Report of the Municipal Commissioner on the plague in Bombay for the year ending 31st May... - Volume 2
Disease focus: Plague
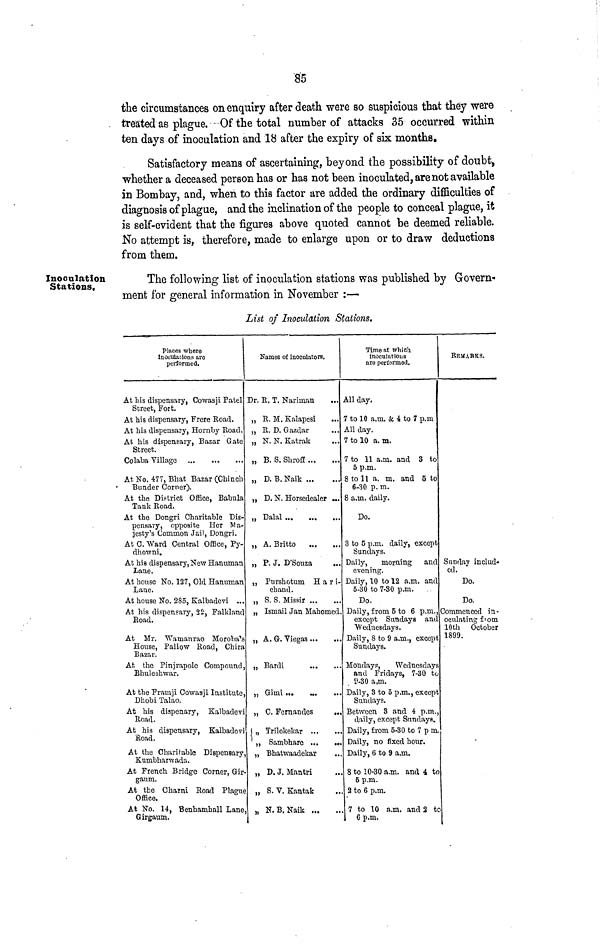
85
the circumstances on enquiry after death were so suspicious that they were
treated as plague. Of the total number of attacks 35 occurred within
ten days of inoculation and 18 after the expiry of six months,
Satisfactory means of ascertaining, beyond the possibility of doubt,
whether a deceased person has or has not been inoculated, are not available
in Bombay, and, when to this factor are added the ordinary difficulties of
diagnosis of plague, and the inclination of the people to conceal plague, it
is self-evident that the figures above quoted cannot be deemed reliable.
No attempt is, therefore, made to enlarge upon or to draw deductions
from them.
Inoculation
Stations.
The following list of inoculation stations was published by Govern-
ment for general information in November :—
List of Inoculation Stations.
Places where
inoculations aro
performed.
At his dispensary, Cowasji Patel
Street, Fort.
At his dispensary, Frere Road.
At his dispensary, Hornby Road.
At his dispensary, Bazar Gate
Street.
Colaba Village
At No. 477, Bbat Bazar (Chinch
Bunder Corner).
At the District Office, Babula
Tank Road.
At the Dongri Charitable Dis-
pensary, opposite Her Ma-
jesty 1^ Common Jail, Dongri.
At 0. Ward Central Office, Py-
dhowni.
At his dispensary, New Hanuman
Lane.
At honse No. 127, Old Hanuman
Lane.
At house No. 285, Kalbadevi ...
At his dispensary, 22, Falkland
Road.
At Mr. Wamanrao Moroba 1 s
House, Fallow Road, Chira
Bazar.
At the Pinjrapole Compound,
Bhuleshwar.
At the Framji Cowasji Institute,
Dhobi Talao.
At his dispenary, Kalbadevi
Road.
At his dispensary, Kalbadevi
fioad.
At the Charitable Dispensary,
Kumbharwada.
At French Bridge Corner, Gir-
gaum.
At the Chain! Road Plague
Office.
At No. 14, Benhamhall Lane
Girgamn.
Names of jnoeulators.
Dr. R. T. Nariman
„ R. M. Kalapcsi
...
„ R. D. Gazdar
„ N. N. Katrak
„ B. S. ShroS
„ D. B. Naik
„ D. N. Horsedealer ...
„ Dalai ...
...
...
J7
* * *»
»
„ A. Britto
„ P. J. D'Souza
„ Purshotum H a r i-
chand.
„ S. S. Missir
„ Ismail Jan Mahomed
„ A. G. Viegas
„ Bardi
„ Gimi
0. Fcrnandcs
1 „ Trilokekar
,, Sambhare ...
..
,, Bhatwaadekar
..
„ D. J. Mantri
,.
„ S. V. Kantafc
„ N.B.Naik
Time at which.
inoculations
aro performed.
All day.
7 to 10 a.m. & 4 to 7 p.m
All day.
7 to 10 a. m.
7 to 11 a.m. and 3 to
5 p.m.
8 to 11 a. m. and 5 to
6-30 p. m.
8 a.m. daily.
Do.
3 to 5 p.m. daily, except
Sundays.
Daily,
morning and
evening.
Daily, 10 to 12 a.m. and
5-30 to 7-30 p.m.
Do.
Daily, from 5 to 6 p.m.,
except Sundays ant
'Wednesdays.
Daily, 8 to 9 a.m., except
Sundays.
Monday?,
Wednesdays
and Fridays, 7-30 to
i>-30 a t m.
Daily, 3 to 5 p.m., except
Sundays.
Between 3 and 4 p.m.
daily, except Sundays.
Daily, from 5-30 to 7 p m
Daily, no fixed hour.
Daily, 6 to 9 a.m.
8 to 10-30 a.m. and 4 to
B p.m.
2 to 6 p.m.
7 to 10 a.m, and 2 tc
6p.m.
REMARKS.
Sunday includ-
ed.
Do.
Do.
Commenced in-
oculating from
10th October
1899.